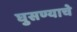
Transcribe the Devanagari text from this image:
घुसण्याचे